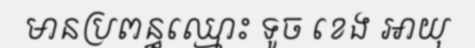
មានប្រពន្ធឈ្មោះ ទូច ខេង អាយុ